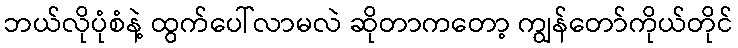
ဘယ်လိုပုံစံနဲ့ ထွက်ပေါ်လာမလဲ ဆိုတာကတော့ ကျွန်တော်ကိုယ်တိုင်